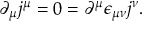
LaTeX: \partial _ { \mu } j ^ { \mu } = 0 = \partial ^ { \mu } \epsilon _ { \mu \nu } j ^ { \nu } .